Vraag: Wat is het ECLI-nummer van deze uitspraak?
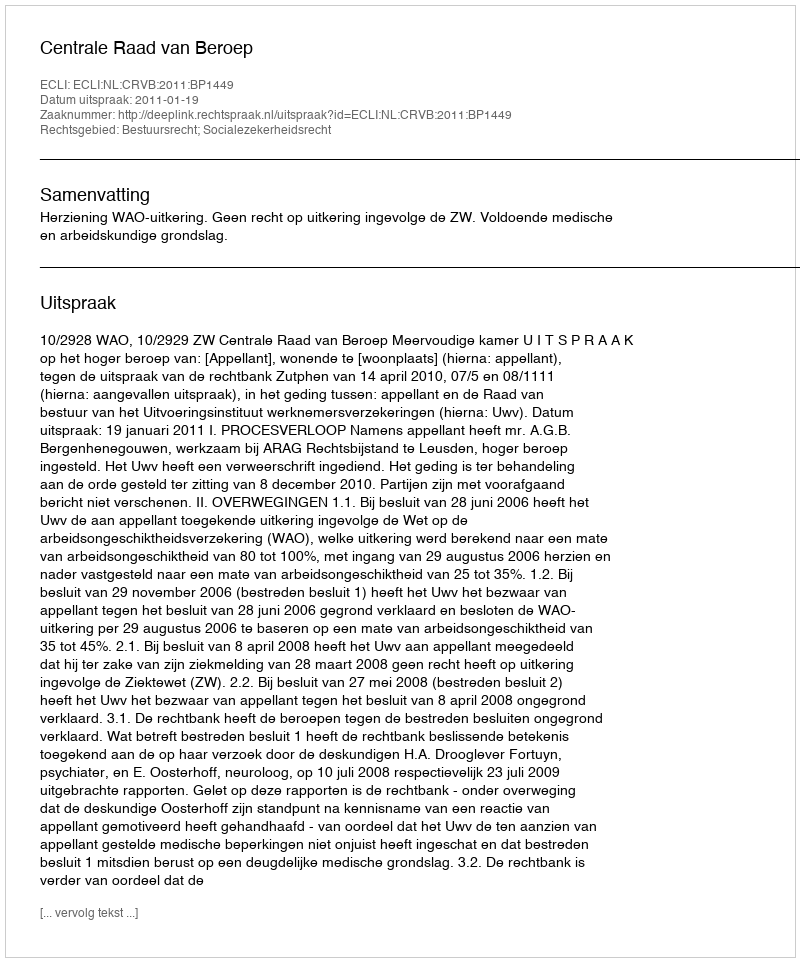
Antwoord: ECLI:NL:CRVB:2011:BP1449